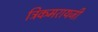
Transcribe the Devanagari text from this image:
त्रिकमरायजी